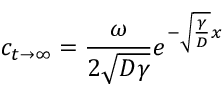
c _ { t \rightarrow \infty } = \frac { \omega } { 2 \sqrt { D \gamma } } e ^ { - \sqrt { \frac { \gamma } { D } } x }